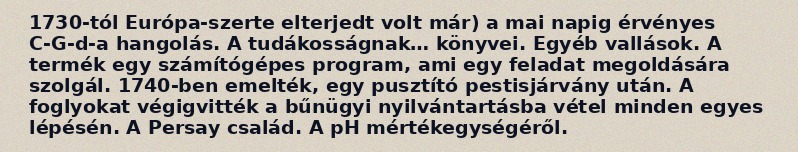
1730-tól Európa-szerte elterjedt volt már) a mai napig érvényes C-G-d-a hangolás. A tudákosságnak… könyvei. Egyéb vallások. A termék egy számítógépes program, ami egy feladat megoldására szolgál. 1740-ben emelték, egy pusztító pestisjárvány után. A foglyokat végigvitték a bűnügyi nyilvántartásba vétel minden egyes lépésén. A Persay család. A pH mértékegységéről.